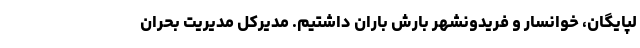
لپایگان، خوانسار و فریدونشهر بارش باران داشتیم. مدیرکل مدیریت بحران